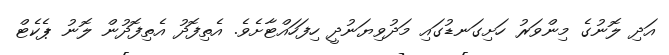
އަދި ލޮނުގެ މިންވަރު ހަށިގަނޑުގައި މަދުވިޔަނުދީ ހިފަހައްޓާށެވެ. އެތިފޮދު އެތިފޮދުން ލޮނު ޕެކެޓް